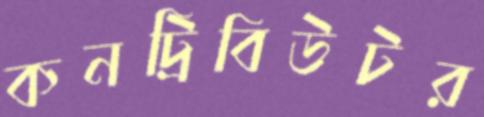
কনট্রিবিউটর